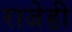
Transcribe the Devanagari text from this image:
राजेही